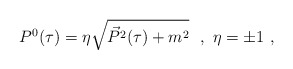
\begin{align*}P^0(\tau)=\eta\sqrt{\vec{P}^2(\tau)+m^2}\ \ ,\ \eta=\pm 1\ ,\end{align*}